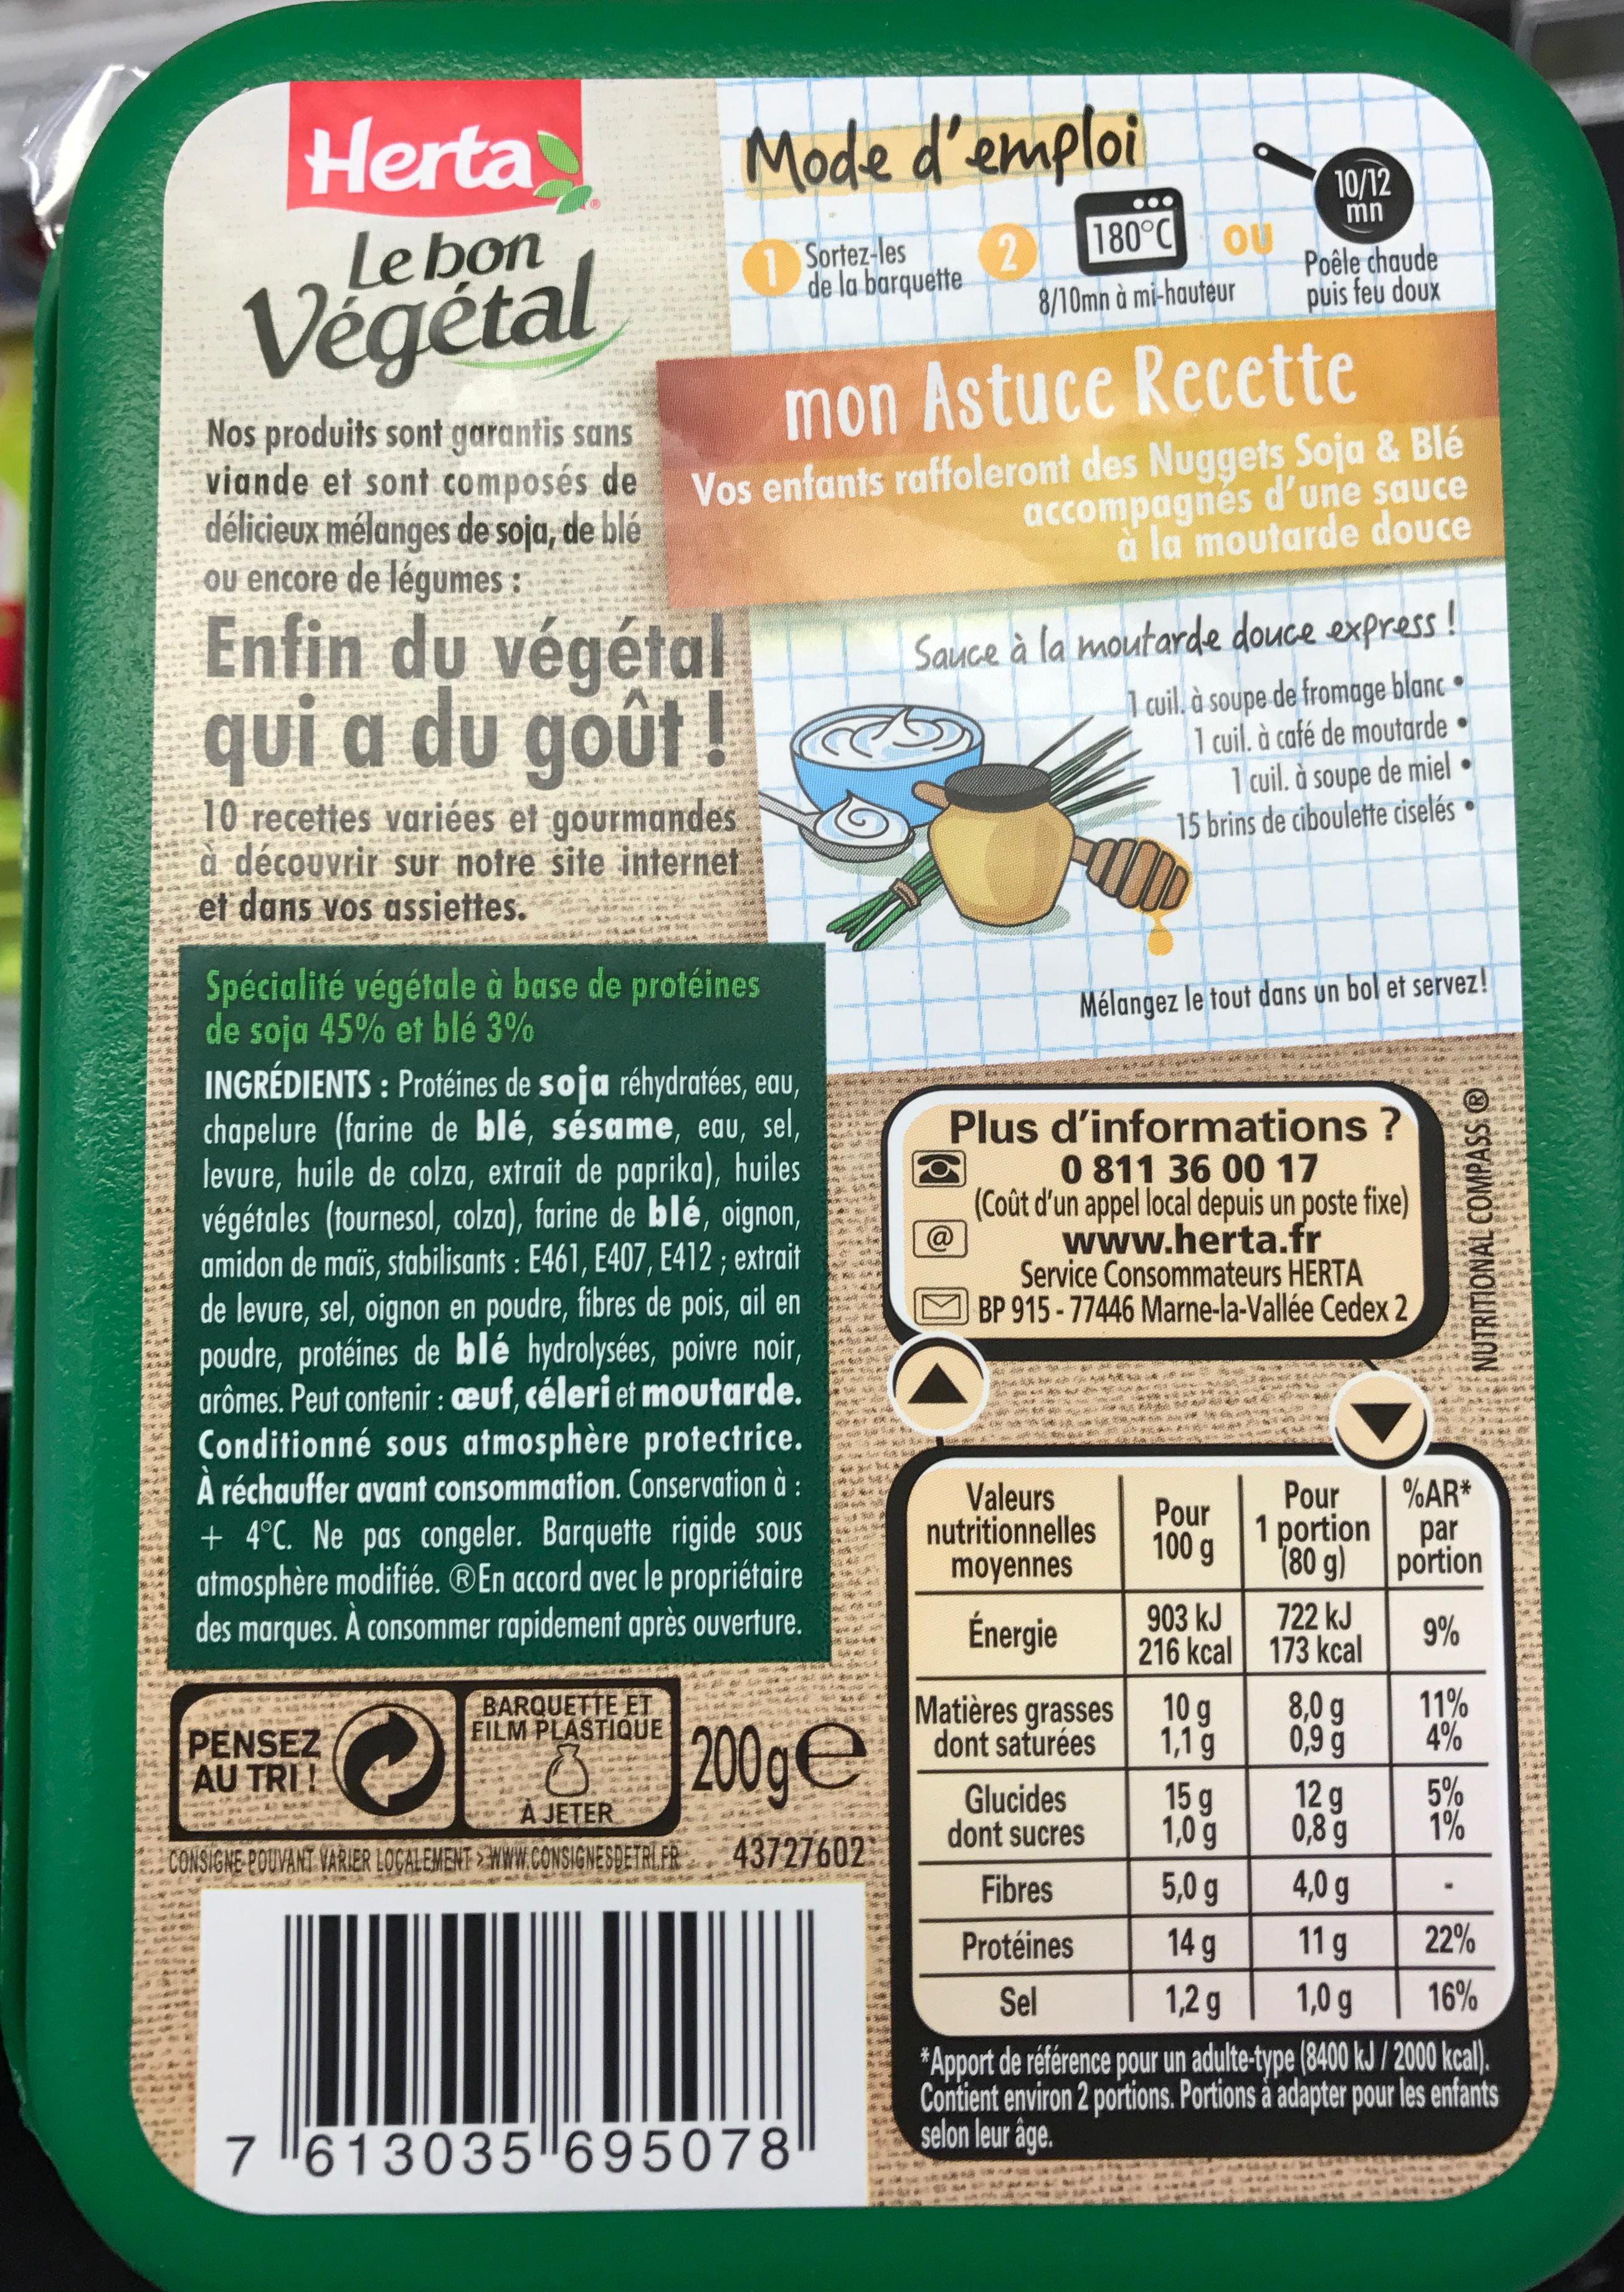
Apk
404
The
2
B
lighe
LEA
**
Herta Le bon
Végétal
******
ME
Enfin du végétal qui a du goût!
PENSEZ AU TRI!
PRA
Nos produits sont garantis sans
mon Astuce Recette
viande et sont composés de Vos enfants raffoleront des Nuggets Soja & Blé délicieux mélanges de soja, de blé ou encore de légumes:
accompagnés d'une sauce à la moutarde douce
And Ache
10 recettes variées et gourmandes
b
à découvrir sur notre site internet
427
et dans vos assiettes.
ww
Pop
***** Yer
Co
-***
ww
*
BARQUETTE ET FILM PLASTIQUE
Ad
Mode d'emploi
1 Sortez-les de la barquette
2
Spécialité végétale à base de protéines de soja 45% et blé 3%
INGRÉDIENTS: Protéines de soja réhydratées, eau, chapelure (farine de blé, sésame, eau, sel, levure, huile de colza, extrait de paprika), huiles végétales (tournesol, colza), farine de blé, oignon, amidon de maïs, stabilisants: E461, E407, E412; extrait de levure, sel, oignon en poudre, fibres de pois, ail en poudre, protéines de blé hydrolysées, poivre noir, arômes. Peut contenir : cuf, céleri et moutarde. Conditionné sous atmosphère protectrice. À réchauffer avant consommation. Conservation à : + 4°C. Ne pas congeler. Barquette rigide sous atmosphère modifiée. En accord avec le propriétaire des marques. A consommer rapidement après ouverture.
A
MER
*480*
EXPR bere
Molek
OF 54 18
******
Co
7613035 695078
4
82
we
15.
Hole **
Phy
***
A
Vok
*****
***
24
***
*
*****
Gather 4108 30
A JETER
CONSIGNE POUVANT VARIER LOCALEMENT WWW.CONSIGNESDETALER 43727602
d
***
***
453
200 ge
F
1
S
a
$
**
8/10mn à mi-hauteur
180°C OU
***
Sauce à la moutarde douce express!
1 cuil. à soupe de fromage blanc
1 cuil. à café de moutarde
***
Mélangez le tout dans un bol et servez!
Plus
d'informations ?
0 811 36 00 17 (Coût d'un appel local depuis un poste fixe)
Valeurs nutritionnelles moyennes
Énergie
www.herta.fr
Service Consommateurs HERTA
BP 915-77446 Marne-la-Vallée Cedex 2
5
Matières grasses dont saturées
Glucides
dont sucres
1 cuil. à soupe de miel
15 brins de ciboulette ciselés
2133
Poêle chaude
puis feu doux
*******
*******
10/12
mn
Pour 100 g
903 kJ
216 kcal
10 g
1,1 g
Ama
***
*
*
722 kJ
173 kcal
8,0 g
0,9
66
g
12 g
0,8 g
d
Pour %AR* 1 portion
(80 g)
4,0 g
11 g
1,0 g
ER
ch
NUTRITIONAL COMPASS Ⓡ
34 an
Frok
for
3
19
par
portion
9%
11%
4%
5%
1%
Sexy
ad
a
tu
A
wa
***
k
15 g
1,0 g
Fibres
5,0 g
Protéines
14 g
22%
Sel
1,2 g
16%
*Apport de référence pour un adulte-type (8400 kJ / 2000 kcal). Contient environ 2 portions. Portions à adapter pour les enfants selon leur âge.
3
DE PUE
Min
h
W
******
***
Ne
**
A
*
A
sete
bjp A
44
34
S